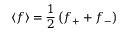
\langle f \rangle = \frac { 1 } { 2 } \left( f _ { + } + f _ { - } \right)